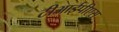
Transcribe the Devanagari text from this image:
टीआईपीएस